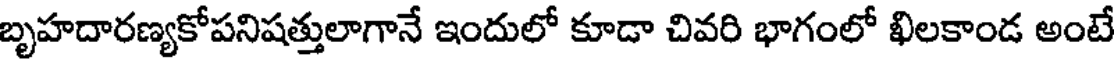
బృహదారణ్యకోపనిషత్తులాగానే ఇందులో కూడా చివరి భాగంలో ఖిలకాండ అంటే